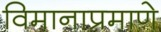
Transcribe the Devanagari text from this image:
विमानाप्रमाणे